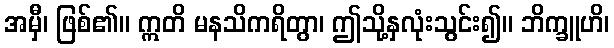
အမှီ၊ ဖြစ်၏။ ဣတိ မနသိကရိတွာ၊ ဤသို့နှလုံးသွင်း၍။ ဘိက္ခူဟိ၊